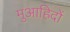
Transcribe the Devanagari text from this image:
मुआहिदों